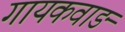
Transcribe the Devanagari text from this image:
गायकवाङ